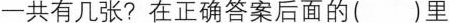
-共有几张?在正确答案后面的()里